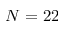
N = 2 2